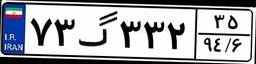
۷۰گ۹۸۱۸۸